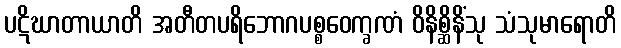
ပဋိဃာတာယာတိ အတီတပရိဘောဂပစ္စဝေက္ခဏံ ဝိနိစ္ဆိနိံသု သံသုမာရောတိ